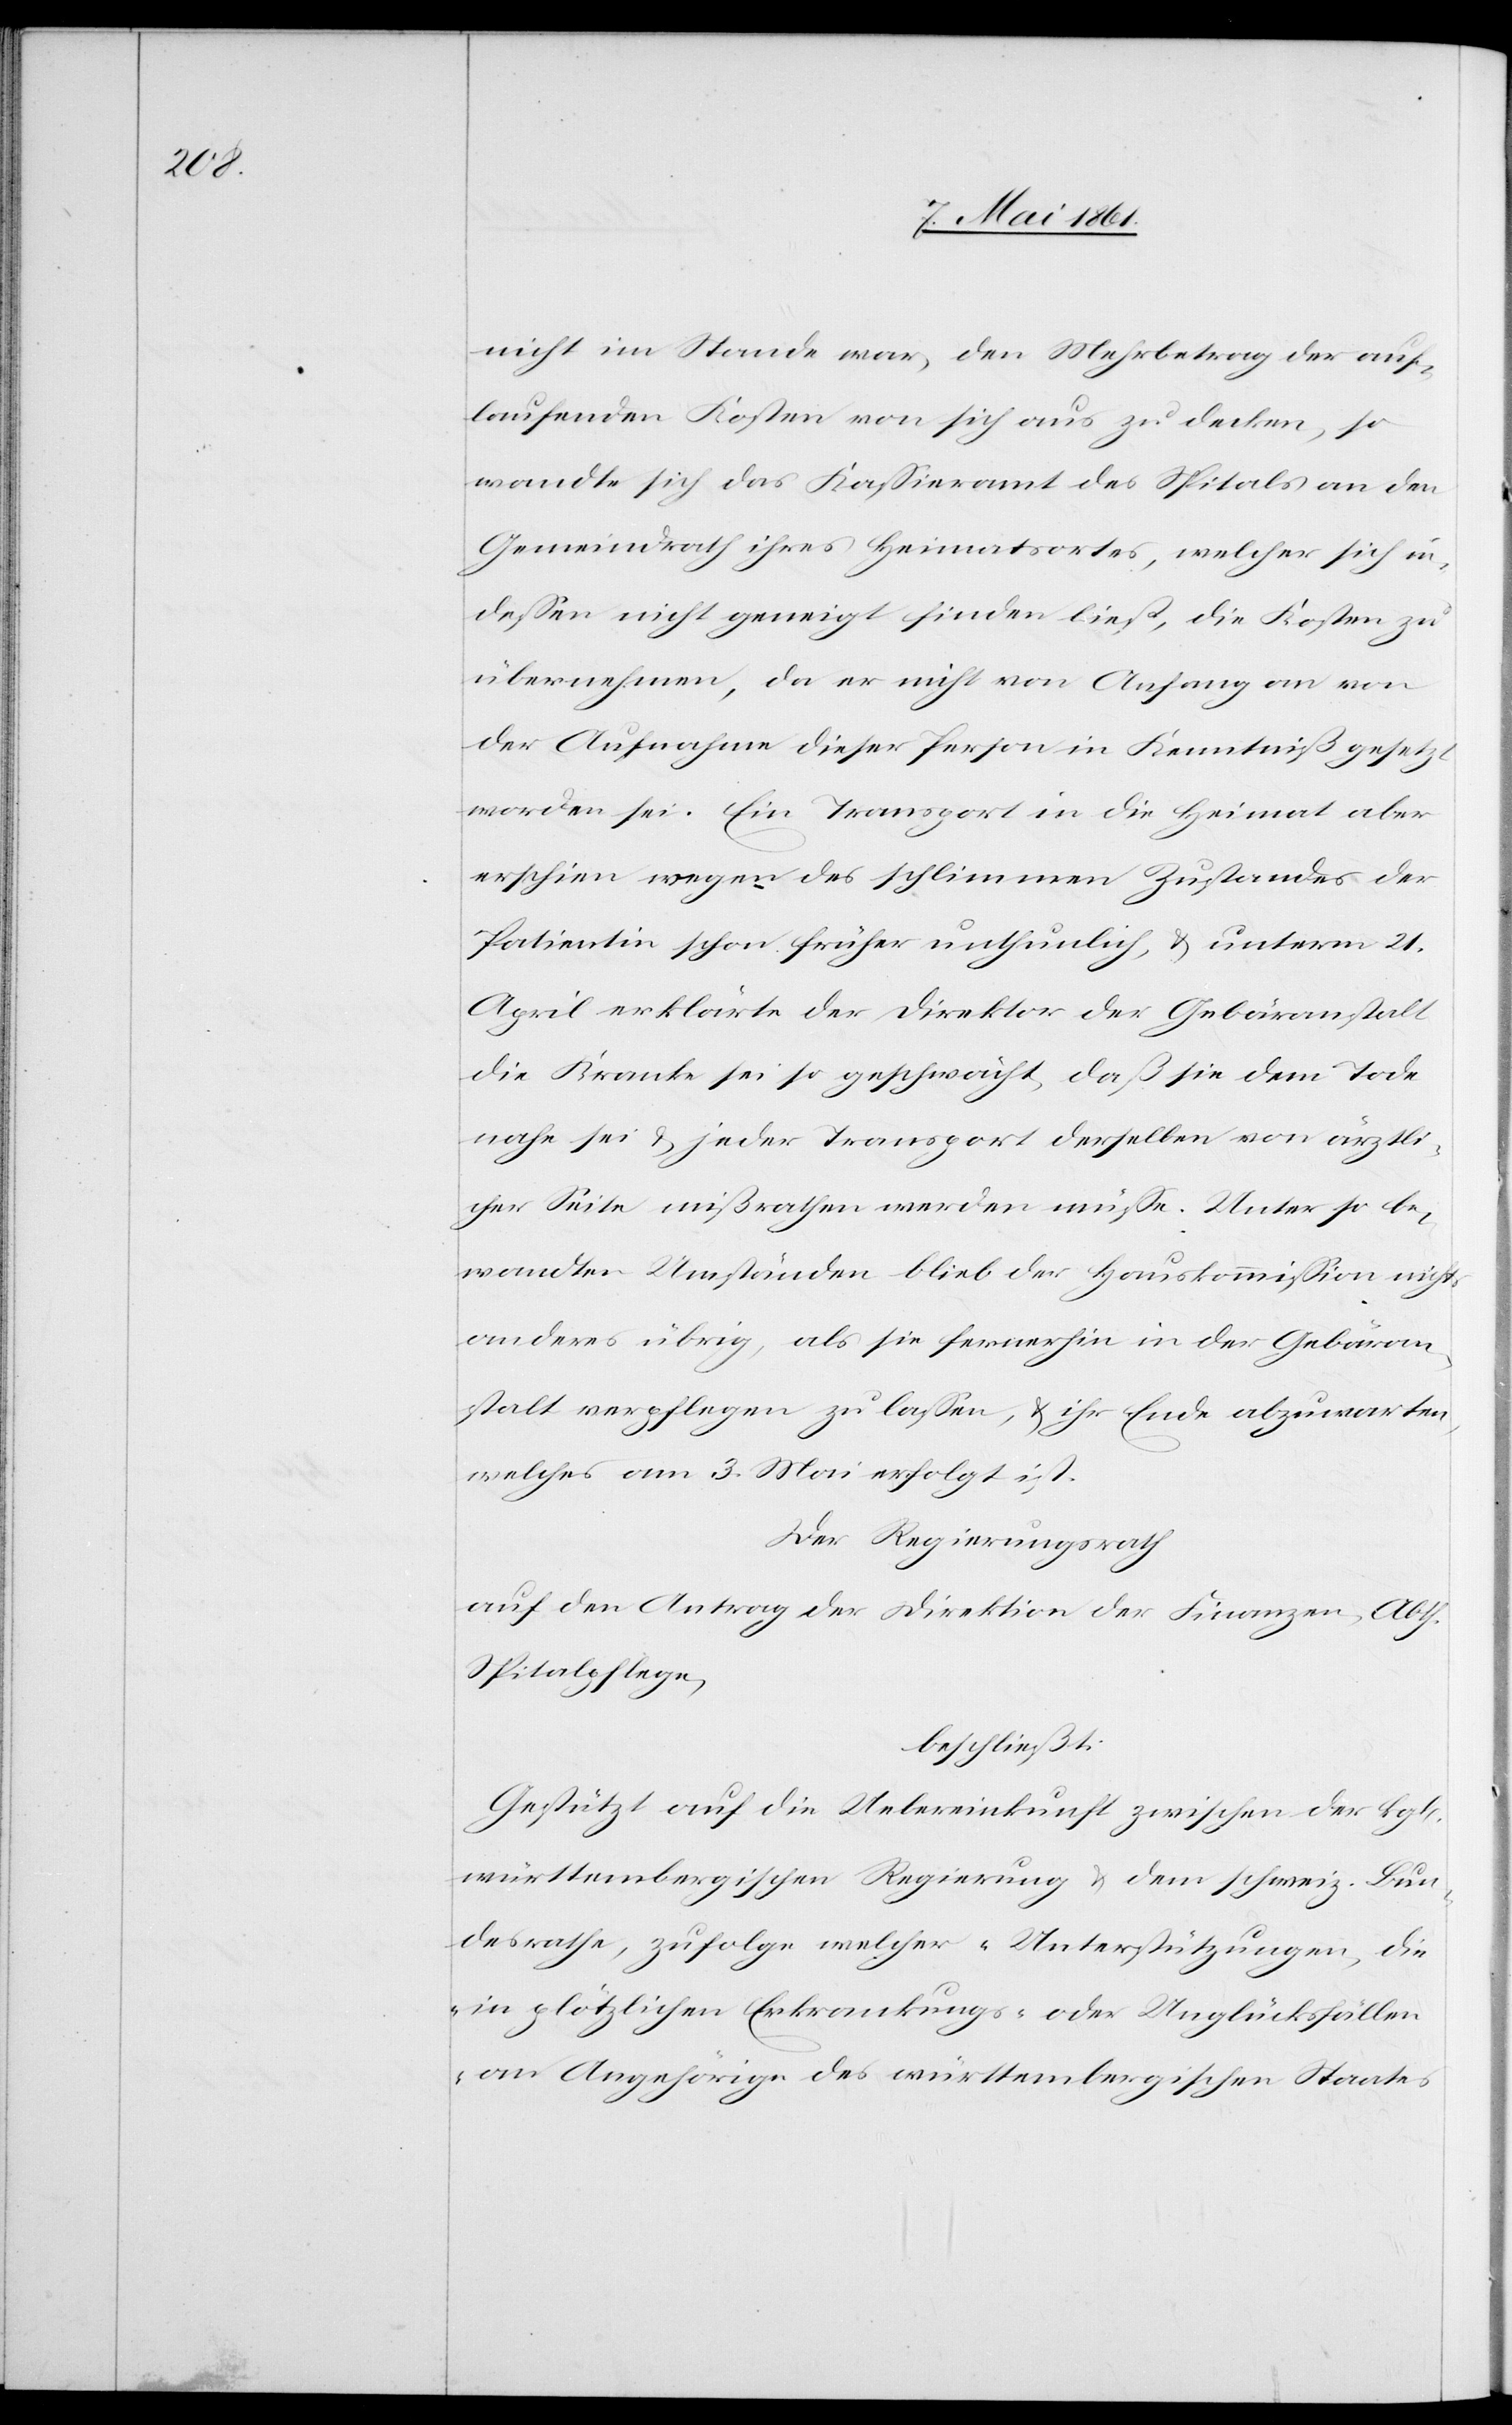
nicht im Stande war, den Mehrbetrag der auf¬
laufenden Kosten von sich aus zu decken, so
wandte sich das Kassieramt des Spitals an den
Gemeindrath ihres Heimatsortes, welcher sich in¬
dessen nicht geneigt finden ließ, die Kosten zu
übernehmen, da er nicht von Anfang an von
der Aufnahme dieser Person in Kenntniß gesetzt
worden sei. Ein Transport in die Heimat aber
erschien wegen des schlimmen Zustandes der
Patientin schon früher unthunlich, u. unterm 21.
April erklärte der Direktor der Gebäranstalt
die Kranke sei so geschwächt, daß sie dem Tode
nahe sie u. jeder Transport derselben von ärztli¬
cher Seite mißrathen werden müsse. Unter so be¬
wandten Umständen blieb der Hauskommission nichts
anderes übrig, als sie fernerhin in der Gebäran¬
stalt verpflegen zu lassen, u. ihr Ende abzuwarten,
welches am 3. Mai erfolgt ist.
Der Regierungsrath
auf den Antrag der Direktion der Finanzen, Abth.
Spitalpflege,
beschließt:
Gestützt auf die Uebereinkunft zwischen der kgl.
württembergischen Regierung u. dem schweiz. Bun¬
desrathe, zufolge welcher „Unterstützungen, die
in plötzlichen Erkrankungs- oder Unglücksfällen
an Angehörige des württembergischen Staates